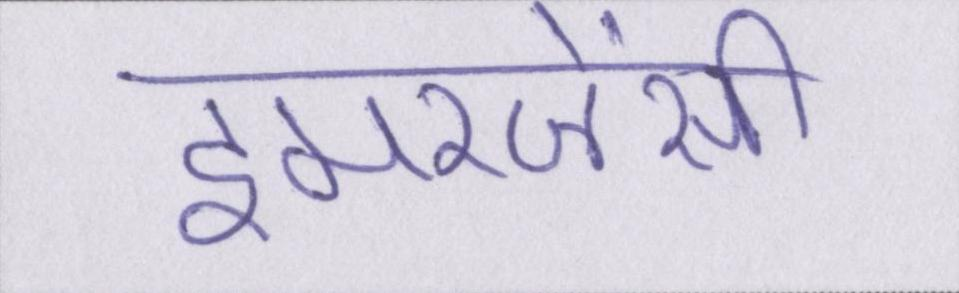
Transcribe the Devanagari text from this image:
इमरजेंसी